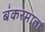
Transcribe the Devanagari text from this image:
बंकरमाता